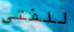
للفتى